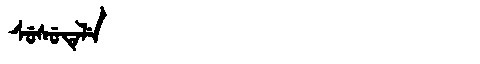
Manchu: ᠰᡠᠰᡠᡨᡝᠯᡝ
Romanization: SUSUTELE